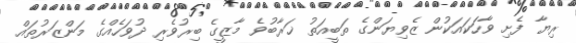
ރިޔާ ފެށި ވާހަކައަކުން ޒެވިޔަންގެ ތަބީއަތު ޚަރާބުވެ މާޒީގެ ބިރުވެރި ދުވަހެއްގެ މަންޒަރުތައް